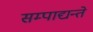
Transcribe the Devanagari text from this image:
सम्पाद्यन्ते